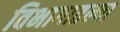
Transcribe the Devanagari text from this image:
विभागातल्या